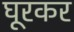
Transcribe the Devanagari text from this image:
घूरकर